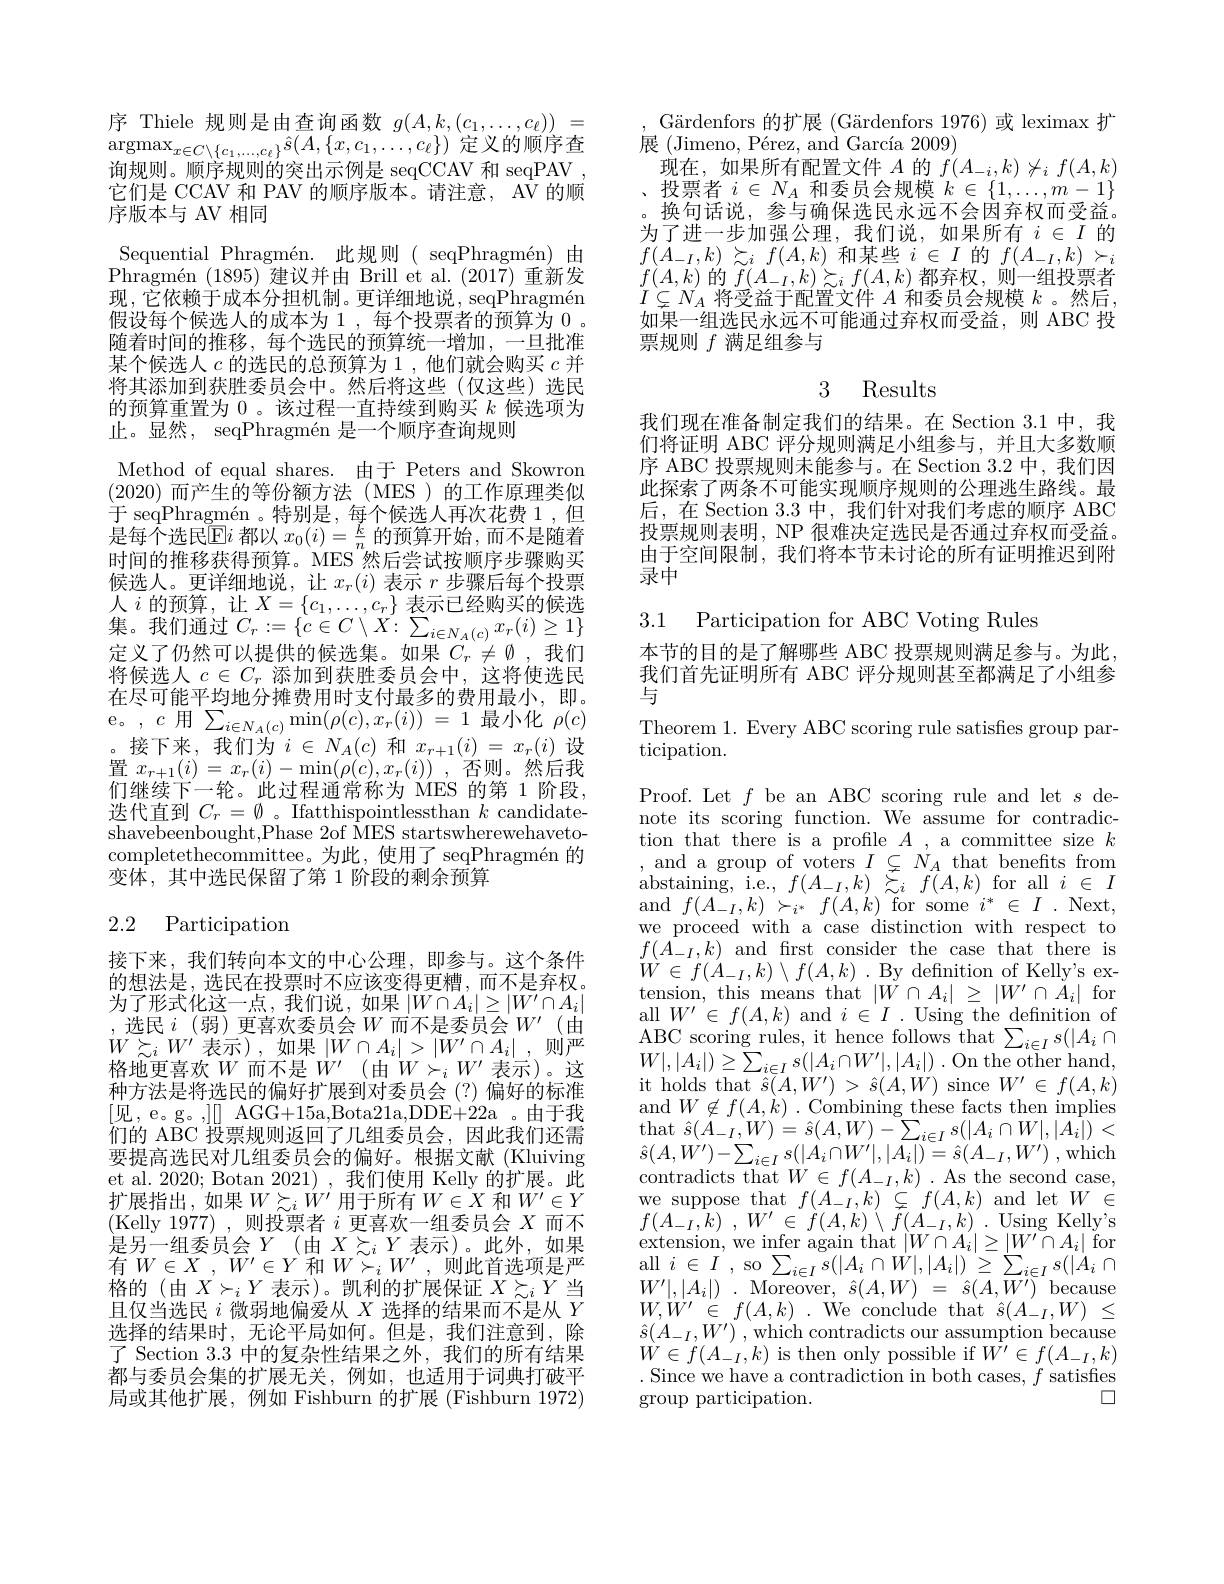
序 Thiele 规 则 是 由 查 询 函 数 $g( A, k, ( c_{1}, \ldots , c_{\ell }) ) =$ $\arg \max _{x\in C\setminus \{ c_{1}, \ldots , c_{\ell }\} }\hat{s} ( A, \{ x, c_{1}, \ldots , c_{\ell }\} )$ 定 义 的 顺 序 查 以 由 由 时询规则。顺序规则的突出示例是 seqCCAV 和 seqPAV . 它们是 CCAV 和 PAV 的顺序版本。请注意，AV 的顺$\bar{\text{序版本与 AV 相同}}$
Sequential Phragmén.此规则( seqPhragmén)由Phragmén (1895)建议并由 Brill et al.(2017)重新发现，它依赖于成本分担机制。更详细地说，seqPhragmén 假设每个候选人的成本为 1 , 每个投票者的预算为 0 。随着时间的推移，每个选民的预算统一增加，一旦批准某个候选人$c$的选民的总预算为 1,他们就会购买$c$并将其添加到获胜委员会中。然后将这些(仅这些)选民的预算重置为0。该过程一直持续到购买$k$候选项为止。显然，seqPhragmén 是一个顺序查询规则
Method of equal shares. 由于 Peters and Skowron (2020)而产生的等份额方法(MES)的工作原理类似于 seqPhragmén 。特别是，每个候选人再次花费 1,但$\bar{\text{是每个选民}\overline{\mathrm{E}}}i$都以$x_0(i)=\frac kn$的预算开始，而不是随着时间的推移获得预算。MES 然后尝试按顺序步骤购买候选人。更详细地说，让$x_r(i)$表示$r$步骤后每个投票人$i$的预算，让$X=\{c_1,\ldots,c_r\}$表示已经购买的候选集。我们通过$C_r:=\{c\in C\setminus X:\sum_{i\in N_A(c)}x_r(i)\geq1\}$ 定义了仍然可以提供的候选集。如果$C_r\neq\emptyset$ ,我们将候选人$c\in C_r$添加到获胜委员会中，这将使选民在尽可能平均地分摊费用时支付最多的费用最小，即。e。,$c$用$\sum_i\in N_{A}(c)\min(\rho(c),x_{r}(i))=1$最小化$\rho(c)$ $\begin{array}{l}\text{。接下来，我们为“}i\in N_{A}(c)\text{ 和 }x_{r+1}(i)=x_{r}(i)\text{ 设}\\\text{置 }x_{r+1}(i)=x_{r}(i)-\min(\rho(c),x_{r}(i))\mathrm{~,~}\text{否则。然后我}\\\text{们继续下一轮。此过程通常称为 MES 的第 1 阶段，}\end{array}$ 选代直到$C_r=\emptyset$ 。Ifatthispointlessthan $k$ candidateshavebeenbought,Phase 2of MES startswherewehavetocompletethecommittee。为此，使用了 seqPhragmén 的变体，其中选民保留了第 1 阶段的剩余预算

## 2.2 Participation

接下来，我们转向本文的中心公理，即参与。这个条件的想法是，选民在投票时不应该变得更糟，而不是弃权。为了形式化这一点，我们说，如果$|W\cap A_i|\geq|W^{\prime}\cap A_i|$ ,选民$i$ (弱)更喜欢委员会$W$而不是委员会$W^\prime$ (由$\begin{array}{l}{W\succeq_{i}W^{\prime}\text{ 表示), 如果 }|W\cap A_{i}|>|W^{\prime}\cap A_{i}|~,~\text{则严}\\{\text{格地更喜欢 }W\text{ 而不是 }W^{\prime}(由W\succ_{i}W^{\prime}\text{ 表示)。这}}\end{array}}\\$ 种方法是将选民的偏好扩展到对委员会(?)偏好的标准[见，e。g。,][] AGG+15a,Bota21a,DDE+22a 。由于我们的 ABC 投票规则返回了几组委员会，因此我们还需要提高选民对几组委员会的偏好。根据文献(Kluiving et al. 2020; Botan 2021), 我们使用 Kelly 的扩展。此扩展指出，如果$W\succsim_iW^{\prime}$用于所有$W\in X$ 和$W^\prime\in Y$ (Kelly 1977),则投票者$i$更喜欢一组委员会$X$而不是另一组委员会$Y(由X\succsim_iY$表示)。此外，如果有$W\in X$ , $\overline {W}^{\prime }\in Y$和$W\succ _iW^{\prime }$ ,则此首选项是严格的 (由$X\succ_iY$表示)。凯利的扩展保证$X\succsim_iY$当且仅当选民$i$微弱地偏爱从$X$选择的结果而不是从$Y$ 选择的结果时，无论平局如何。但是，我们注意到，除了 Section 3.3中的复杂性结果之外，我们的所有结果都与委员会集的扩展无关，例如，也适用于词典打破平局或其他扩展，例如 Fishburn 的扩展 (Fishburn 1972)

Gärdenfors 的扩展$( \text{G\"{a} rdenfors 1976) 或 leximax 扩 }$
展(Jimeno, Pérez, and García 2009)
现在，如果所有配置文件$A$的$f(A_-i,k)\not\simeq_if(A,k)$ 、投票者$i\in N_A$和委员会规模$k\in\{1,\ldots,m-1\}$ 。换句话说，参与确保选民永远不会因弃权而受益。为了进一步加强公理，我们说，如果所有$i\in I$的$f(A_{-I},k)\succsim_{i}f(A,k)$和某些$i\in I$的$f(A_-I,k)\succ_i$ $f(A,k)$的$f(A_{-I},k)\succsim_if(A,k)$都弃权，则一组投票者$I\subsetneq N_A$将受益于配置文件$A$和委员会规模$k$ 。然后， 如果一组选民永远不可能通过弃权而受益，则 ABC 投票规则$f$满足组参与

## 3 Results

我们现在准备制定我们的结果。在 Section 3.1 中，我们将证明 ABC 评分规则满足小组参与，并且大多数顺序 ABC 投票规则未能参与。在 Section 3.2 中，我们因此探索了两条不可能实现顺序规则的公理逃生路线。最后，在 Section 3.3 中，我们针对我们考虑的顺序 ABC 投票规则表明，NP 很难决定选民是否通过弃权而受益。由于空间限制，我们将本节未讨论的所有证明推迟到附录中

3.1 Participation for ABC Voting Rules

本节的目的是了解哪些 ABC 投票规则满足参与。为此， 我们首先证明所有 ABC 评分规则甚至都满足了小组参与

Theorem 1. Every ABC scoring rule satisfies group par-
ticipation.

Proof. Let $f$ be an ABC scoring rule and let $s$ denote its scoring function. We assume for contradiction that there is a profile $A$ , a committee size $k$ ,and a group of voters $I\subsetneq N_A$ that benefits from abstaining, i. e. , $f( A_{- I}, k) \overset {\sim }{\operatorname* { \operatorname* { \operatorname* { \sim } } } }_{i}f( A, k)$ for all $i\in I$ and $f( A_{- I}, k) \succ _{i^* }f( A, k) \overset {\mathrm{for~some~}}{\operatorname* { i} }^{* }\in I$ . Next, we proceed with a case distinction with respect to $f(\bar{A}_{-I},k)$and first consider the case that there is $W\in f(A_{-I},k)\setminus f(A,k).$By definition of Kelly's ex- $\begin{array}{l}{\mathrm{tension,~this~means~that~}|\dot{W}\cap A_{i}|\geq|W^{\prime}\cap\tilde{A}_{i}|~\mathrm{for}}\\{\mathrm{all~}W^{\prime}\in f(A,k)~\mathrm{and~}i\in I~.~\mathrm{Using~the~definition~of}}\end{array}$ $\begin{array}{l}{\mathrm{ABC~scoring~rules,~it~hence~follows~that~}\sum_{i\in I}s(|A_{i}\cap\cap W_{i}|)}\\{W|,|A_{i}|)\geq\sum_{i\in I}s(|A_{i}\cap W^{\prime}|,|A_{i}|)\:.\mathrm{On~the~other~hand,}}\end{array}$ it holds that $\hat{s}(A,W^{\prime})>\hat{s}(A,W)$ since $W^\prime\in f(A,k)$ $\begin{array}{l}{\mathrm{and~}W\not\in f(A,\dot{k})\:.\:\mathrm{Combining~these~facts~then~implies}}\\{\mathrm{that~}\hat{s}(A_{-I},W)=\hat{s}(A,W)-\sum_{i\in I}s(|A_{i}\cap W|,|A_{i}|)\:<}\\{\mathrm{cr}(A_{-I},W)\:=(A_{-I},W)\:=(A_{-I},W)\:-\sum_{i\in I}s(|A_{i}\cap W|,|A_{i}|)\:<}\end{array}$ $\hat{s} ( A, W^{\prime }) - \sum _{i\in I}s( | A_{i}\cap W^{\prime }| , | A_{i}| ) = \hat{s} ( A_{- I}, W^{\prime })$ ,which contradicts that $W\in f(A_{-I},k)$ .As the second case, we suppose that $f(A_{-I},k)\subsetneq f(A,k)$ and let $W\in$ $f( A_{- I}, k)$ , $W^{\prime }$ $\in$ $\dot{f} ( A, k)$ $\setminus$ $\tilde{f} ( A_{- I}, k)$ .Using Kelly's $\operatorname*{extension,~we~infer~again~that~}|W\cap A_{i}|\geq|W^{\prime}\cap A_{i}|$ for all $i\in I$ , so $\sum _{i\in I}\bar{s} ( | A_{i}\cap W| , | A_{i}| )$ $\geq \sum _{i\in I}s( | \dot{A} _{i}\cap$ $W^{\prime }| , | A_{i}| )$ .Moreover, $\hat{s} ( A, W)$ = $\hat{s} ( A, W^{\prime })$ because $\begin{array}{l}{W,W^{\prime}\in f(A,k)\:.\:\text{We conclude that }\hat{s}(A_{-I}^{\prime},W)\:\leq}\\{\hat{s}(A_{-I},W^{\prime})\:,\:\mathrm{which~contradicts~our~assumption~because}}\\{W\in f(A_{-I},k)\:\mathrm{is~then~only~possible~if~}W^{\prime}\in f(A_{-I},k)}\end{array}$ . Since we have a contradiction in both cases, $f$ satisfies
口
group participation